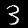
Label: 3